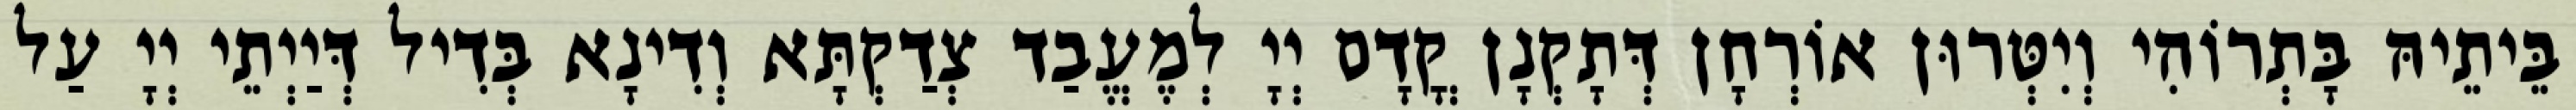
בֵּיתֵיהּ בָּתְרוֹהִי וְיִטְּרוּן אוֹרְחָן דְּתָקְנָן קֳדָם יְיָ לְמֶעֱבַד צְדַקְתָּא וְדִינָא בְּדִיל דְּיַיְתֵי יְיָ עַל